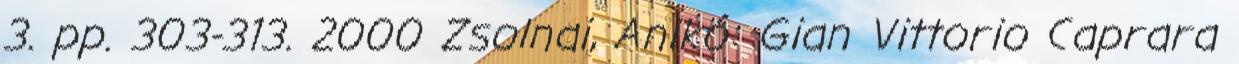
3. pp. 303-313. 2000 Zsolnai, Anikó: Gian Vittorio Caprara